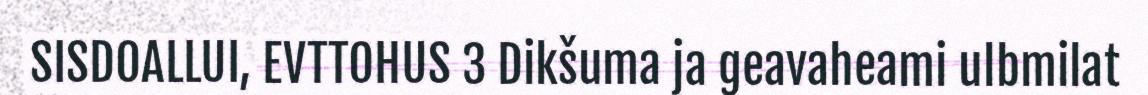
SISDOALLUI, EVTTOHUS 3 Dikšuma ja geavaheami ulbmilat